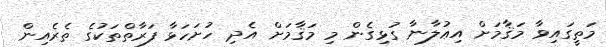
މަތީގައިވާ މަޤާމަށް އިޢުލާނާ ގުޅިގެން މި މަޤާމަށް އެދި ހުށަހަޅާ ފަރާތްތަކުގެ ތެރެއިން